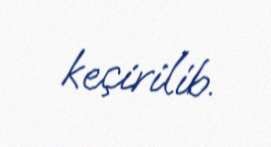
keçirilib.